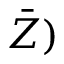
\bar { Z } )